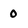
Character: 0